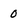
Character: 0